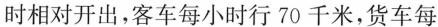
时相对开出，客车每小时行 70 千米，货车每